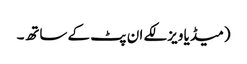
(میڈیا ویزلکے ان پٹ کے ساتھ۔